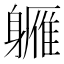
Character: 軅